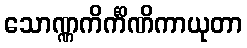
သောဏ္ဏကိင်္ကိဏိကာယုတာ